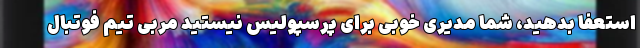
استعفا بدهید، شما مدیری خوبی برای پرسپولیس نیستید مربی تیم فوتبال